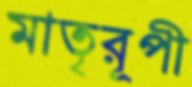
মাতৃরূপী